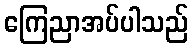
ကြေညာအပ်ပါသည်